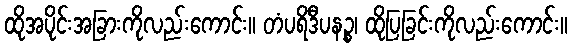
ထိုအပိုင်းအခြားကိုလည်းကောင်း။ တံပရိဒီပနဉ္စ၊ ထိုပြခြင်းကိုလည်းကောင်း။